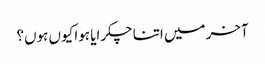
آخر میں اتنا چکرایا ہوا کیوں ہوں؟